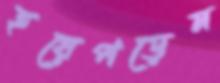
হয়েপড়েন